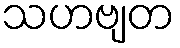
သဟဗျတ